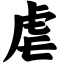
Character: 虐